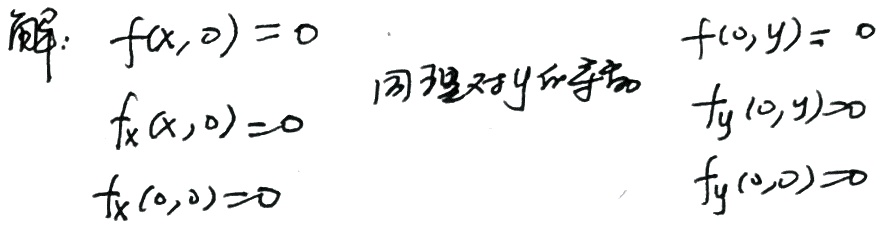
解：
\[
\begin{align*}
f(x, 0)&= 0 & f(0, y)&= 0\\
f_x(x, 0)&= 0 & \text{同理对}y\text{求偏导} \quad f_y(0, y)&=0\\
f_x(0, 0)&= 0 & f_y(0, 0)&=0
\end{align*}
\]